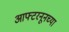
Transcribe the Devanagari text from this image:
आफ्टरनूनच्या